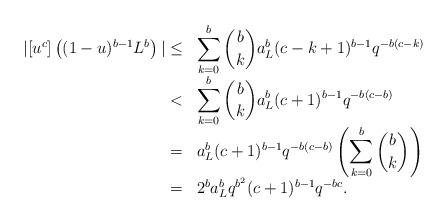
LaTeX: \begin{align*}\begin{array}{rl} |[u^c]\left((1-u)^{b-1}L^b\right)| \leq& \displaystyle\sum_{k=0}^b \binom{b}{k}a_L^b(c-k+1)^{b-1} q^{-b(c-k)}\\<& \displaystyle\sum_{k=0}^b \binom{b}{k} a_L^b(c+1)^{b-1} q^{-b(c-b)}\\=& a_L^b(c+1)^{b-1} q^{-b(c-b)} \left(\displaystyle\sum_{k=0}^b \binom{b}{k}\right) \\=& 2^ba_L^bq^{b^2} (c+1)^{b-1} q^{-bc}.\end{array}\end{align*}